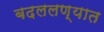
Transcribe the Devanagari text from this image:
बदललण्यात